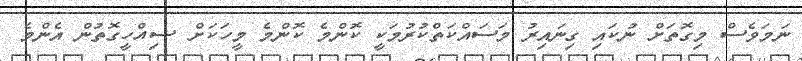
ނަމަވެސް މިގޮތަށް ނުކައި ގިނައިރު މަސައްކަތްކުރުމަކީ ކޮންމެ ކޮންމެ މީހަކަށް ސިއްހީގޮތުން އެންމެ